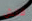
فتش